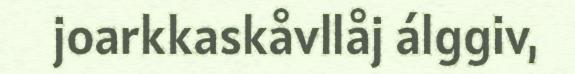
joarkkaskåvllåj álggiv,